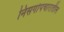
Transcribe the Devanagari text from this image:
निसर्गोपचारातील